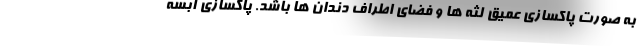
به صورت پاکسازی عمیق لثه ها و فضای اطراف دندان ها باشد. پاکسازی آبسه